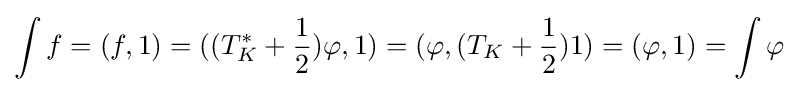
\int f=(f,1)=((T_{K}^{*}+{1 \over 2})\varphi ,1)=(\varphi ,(T_{K}+{1 \over 2})1)=(\varphi ,1)=\int \varphi